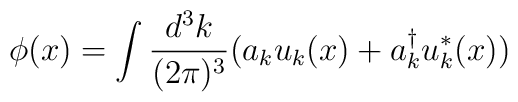
\phi(x)=\int \frac{d^3k}{(2 \pi)^3} (a_k u_k(x)+a^{\dagger}_k u^*_k(x))